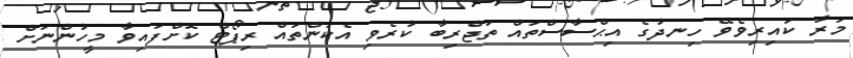
މަރާ ކައިރިވެވޭ ހިނދުގެ އިޙްސާސްތައް ތަޖްރިބާ ކުރެވި އެކަންތައް ރިޕޯޓް ކޮށްފައިވާ މީހުންނަށް